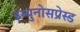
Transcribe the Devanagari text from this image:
इम्युनोसप्रेस्ड